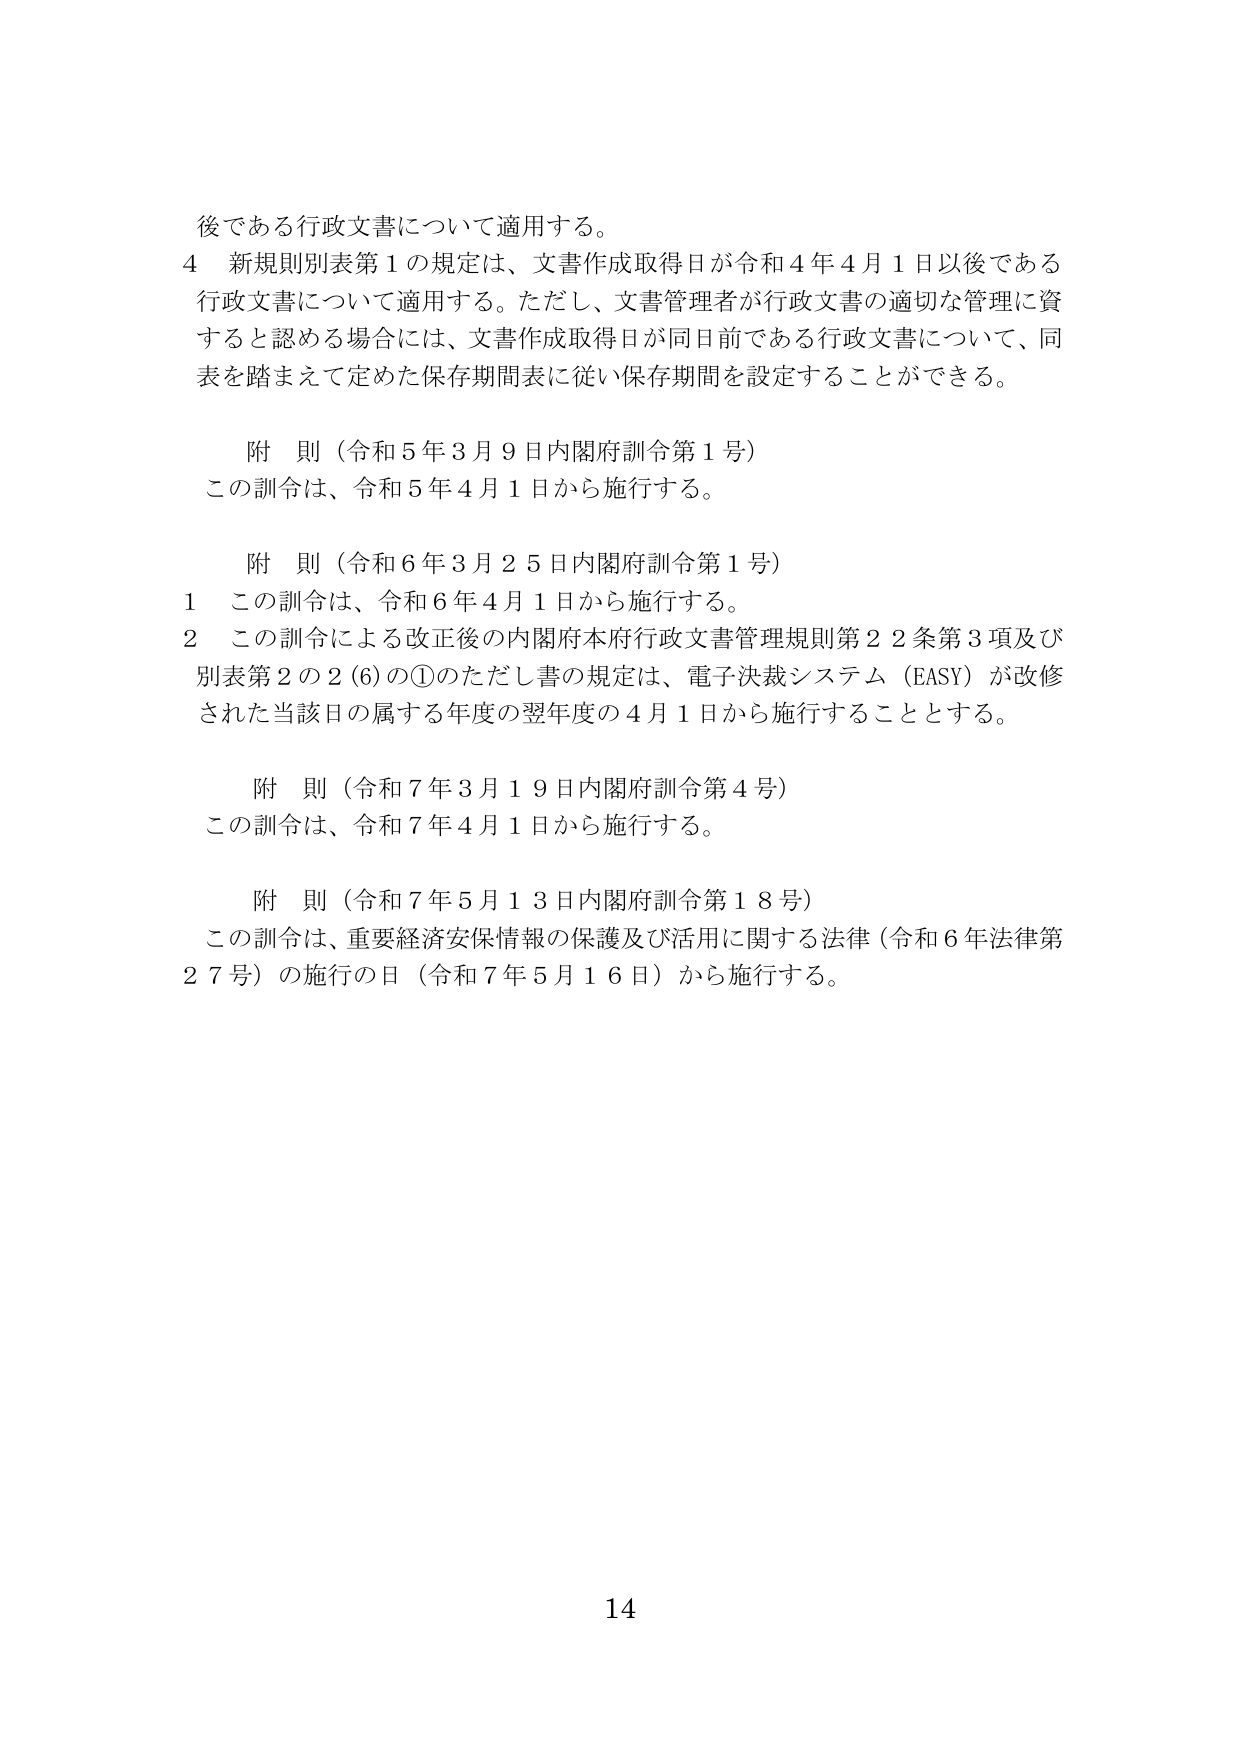
後である行政文書について適用する。
4 新規別表第1の規定は、文書作成取得日が令和4年4月1日以後である
行政文書について適用する。ただし、文書管理者が行政文書の適切な管理に資
すると認める場合には、文書作成取得日が同日前である行政文書について、同
表を踏まえて定めた保存期間表に従い保存期間を設定することができる。

附 則（令和5年3月9日内閣府訓令第1号）
この訓令は、令和5年4月1日から施行する。

附 則（令和6年3月25日内閣府訓令第1号）
1 この訓令は、令和6年4月1日から施行する。
2 この訓令による改正後の内閣府本府行政文書管理規則第22条第3項及び
別表第2の2(6)の①のただし書の規定は、電子決裁システム（EASY）が改修
された当該日の属する年度の翌年度の4月1日から施行することとする。

附 則（令和7年3月19日内閣府訓令第4号）
この訓令は、令和7年4月1日から施行する。

附 則（令和7年5月13日内閣府訓令第18号）
この訓令は、重要経済安保情報の保護及び活用に関する法律（令和6年法律第
27号）の施行の日（令和7年5月16日）から施行する。

14